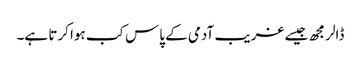
ڈالر مجھ جیسے غریب آدمی کے پاس کب ہوا کرتا ہے۔